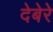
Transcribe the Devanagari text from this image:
देबेरे